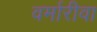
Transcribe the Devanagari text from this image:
वर्मारीवा